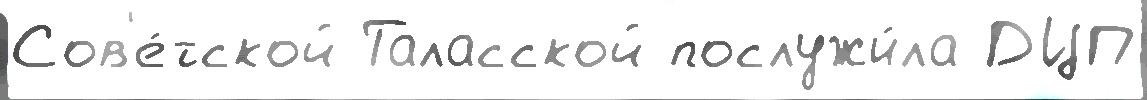
Сов'е́тской Таласской послужи́ла ДЦП